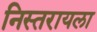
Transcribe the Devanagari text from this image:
निस्तरायला